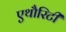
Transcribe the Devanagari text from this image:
एथौरिटी